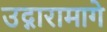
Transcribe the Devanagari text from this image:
उद्गारामागे